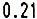
0.21